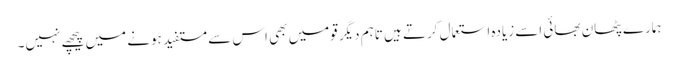
ہمارے پٹھان بھائی اسے زیادہ استعمال کرتے ہیں تاہم دیگر قومیں بھی اس سے مستفید ہونے میں پیچھے نہیں۔